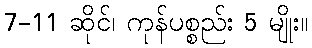
7-11 ဆိုင်၊ ကုန်ပစ္စည်း 5 မျိုး။